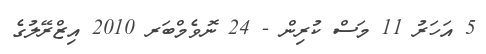
5 އަހަރު 11 މަސް ކުރިން - 24 ނޮވެމްބަރ 2010 އިޒްރޭލުގެ